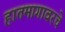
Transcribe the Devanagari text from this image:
हातमागावरचे